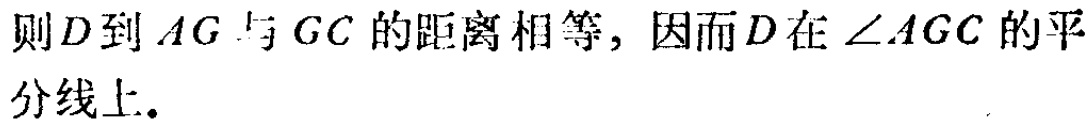
则\(D\)到\(AG\)与\(GC\)的距离相等，因而\(D\)在\(\angle AGC\)的平分线上。